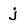
Character: j